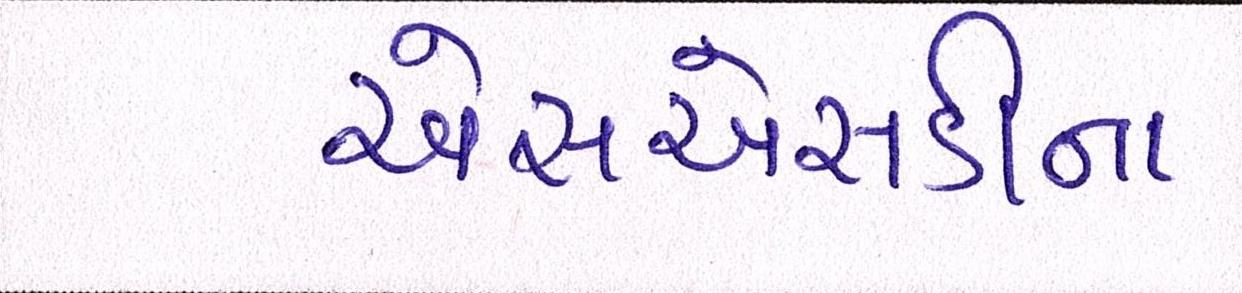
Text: એસએસડીના